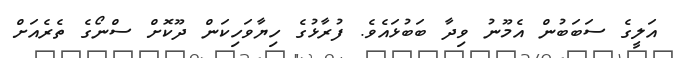
އަލީގެ ސަބަބުން އެމޫނު ވިދާ ބަބުޅައެވެ. ފުރާޅުގެ ހިޔާވަހިކަން ދޫކޮށް ސްނޯގެ ތެރެއަށް